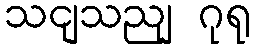
သငျသညျ ဂုရု